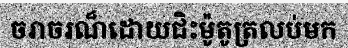
ចរាចរណ៏ដោយជិះម៉ូតូត្រលប់មក